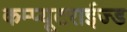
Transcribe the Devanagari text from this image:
कम्प्यूटराईज्ड